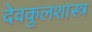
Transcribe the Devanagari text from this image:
देवकुलशास्त्र